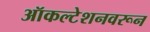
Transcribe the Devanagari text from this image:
ऑकल्टेशनवरून